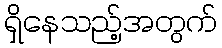
ရှိနေသည့်အတွက်